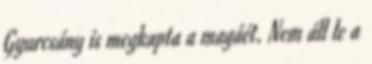
Gyurcsány is megkapta a magáét. Nem áll le a